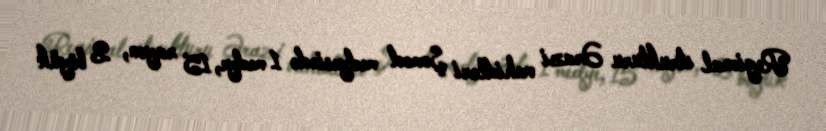
Regional strukturu Ərazi vahidləri Şomod medyesində 1 medye, 15 rayon, 2 böyük